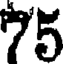
75